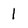
Character: 1